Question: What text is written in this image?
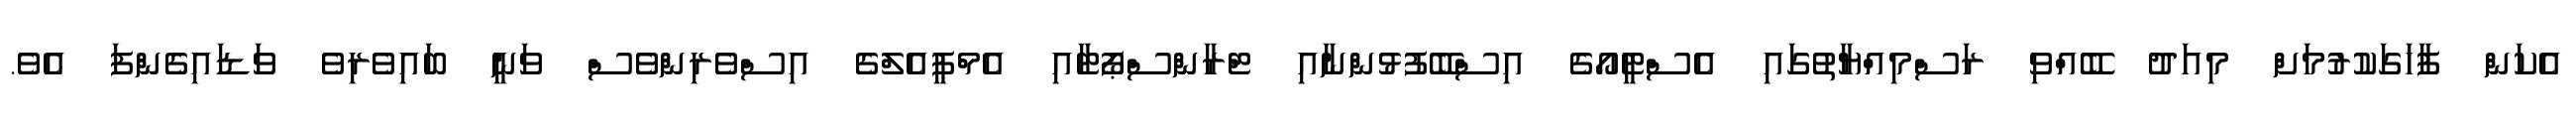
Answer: އެކަން ފާހަގަކުރުމަށް މިއަދު ބޭއްވި ރަސްމިއްޔާތުގައި އެސްޓީއޯގެ އިސްބޭފުޅުންނާއި ޓްރާންސްޕޯޓާއި އެމްޕީއެލްގެ އިސްވެރިންވެސް ވަނީ ބައިވެރިވެ ވަޑައިގެންފަ އެވެ.